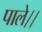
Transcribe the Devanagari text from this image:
पाले।।